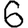
Digit: 6